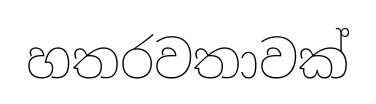
හතරවතාවක්